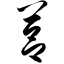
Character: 莒